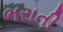
ભરાતી